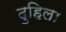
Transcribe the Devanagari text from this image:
दुहिला